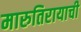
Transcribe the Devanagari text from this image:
मारुतिरायाची